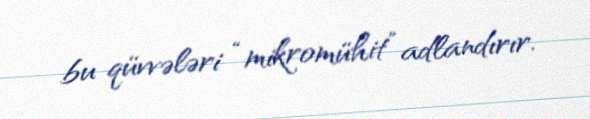
bu qüvvələri “mikromühit” adlandırır.